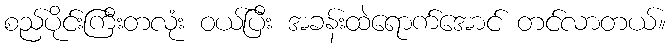
စည်ပိုင်းကြီးတလုံး ဝယ်ပြီး အခန်းထဲရောက်အောင် တင်လာတယ်။